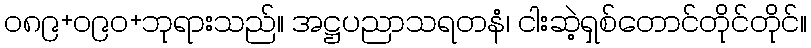
၀၈၉+၀၉၀+ဘုရားသည်။ အဋ္ဌပညာသရတနံ၊ ငါးဆဲ့ရှစ်တောင်တိုင်တိုင်။